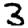
Digit: 3